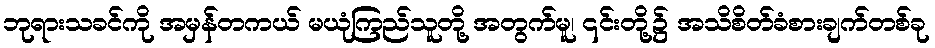
ဘုရားသခင်ကို အမှန်တကယ် မယုံကြည်သူတို့ အတွက်မူ၊ ၎င်းတို့၌ အသိစိတ်ခံစားချက်တစ်ခု